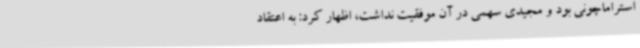
استراماچونی بود و مجیدی سهمی در آن موفقیت نداشت، اظهار کرد: به اعتقاد